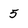
Character: 5